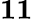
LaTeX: \boldsymbol{11}